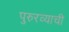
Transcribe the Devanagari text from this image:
पुरुरव्याची